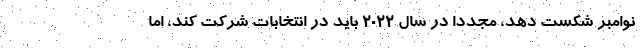
نوامبر شکست دهد، مجدداً در سال 2022 باید در انتخابات شرکت کند، اما